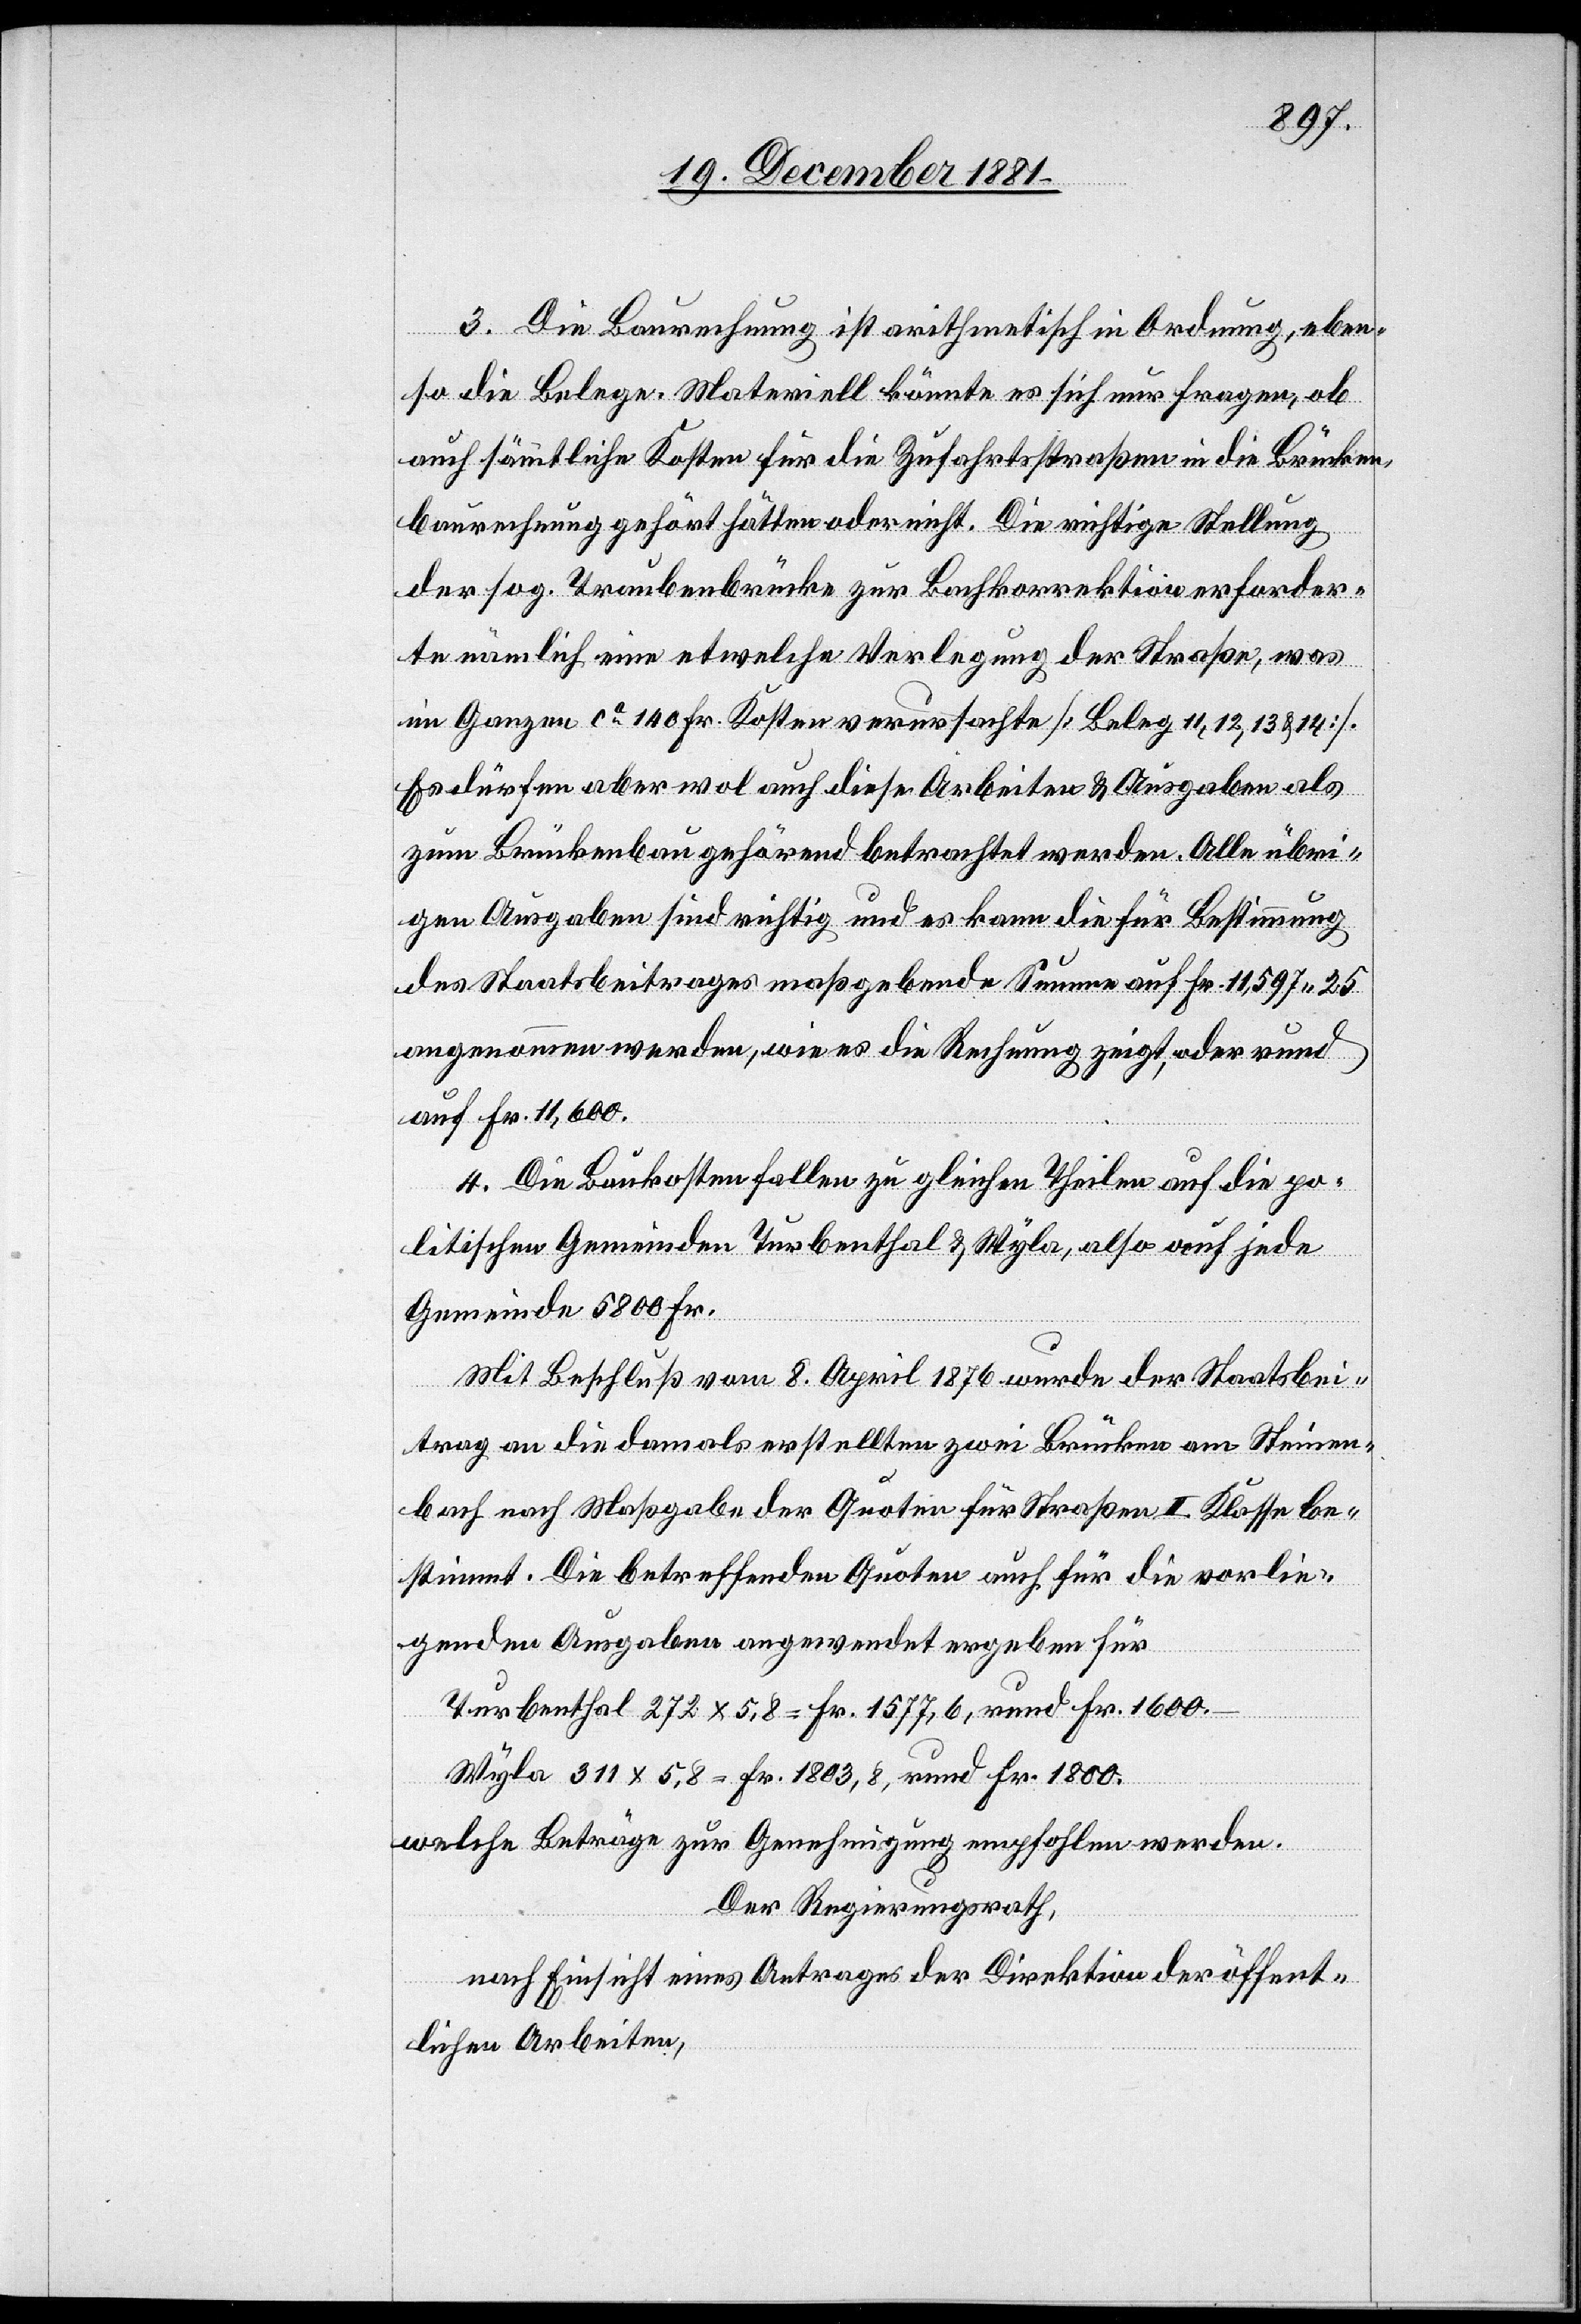
3. Die Baurechnung ist arithmetisch in Ordnung, eben¬
so die Belege. Materiell könnte es sich nur fragen, ob
auch sämmtliche Kosten für die Zufahrtsstraßen in die Brücken¬
baurechnung gehört hätten oder nicht. Die richtige Stellung
der sog. Traubenbrücke zur Bachkorrektion erforder¬
te nämliche eine etwelche Verlegung der Straße, was
im Ganzen ca 140 Fr. Kosten verursachte [Beleg 11, 12, 13 & 14].
Es dürfen aber wol auch diese Arbeiten & Ausgaben als
zum Brückenbau gehörend betrachtet werden. Alle übri¬
gen Ausgaben sind richtig, und es kann die für Bestimmung
des Staatsbeitrages maßgebende Summe auf Fr. 11,597.25
angenommen werden, wie es die Rechnung zeigt, oder rund
auf Fr. 11,600.
4. Die Baukosten fallen zu gleichen Theilen auf die po¬
litischen Gemeinden Turbenthal & Wyla, also auf jede
Gemeinde 5800 Fr.
Mit Beschluß vom 8. April 1876 wurde der Staatsbei¬
trag an die damals erstellten zwei Brücken am Steinen¬
bach nach Maßgabe der Quoten für Straßen II. Klasse be¬
stimmt. Die betreffenden Quoten auch für die vorlie¬
genden Ausgaben angewendet ergeben für
Turbenthal 272 x 5,8 = Fr. 1577,6, rund Fr. 1600.–
Wyla 311 x 5,8 = Fr. 1803,8, rund Fr. 1800.
welche Beträge zur Genehmigung empfohlen werden.
Der Regierungsrath,
nach Einsicht eines Antrages der Direktion der öffent¬
lichen Arbeiten,